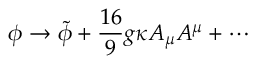
\phi \rightarrow \tilde { \phi } + \frac { 1 6 } { 9 } g \kappa A _ { \mu } A ^ { \mu } + \cdots